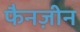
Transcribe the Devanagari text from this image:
फैनज़ीन